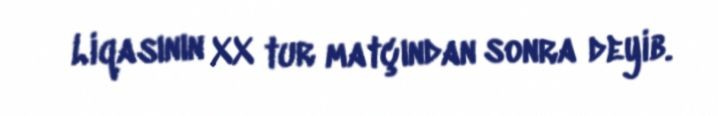
Liqasının XX tur matçından sonra deyib.